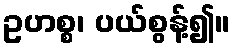
ဥဟစ္စ၊ ပယ်စွန့်၍။